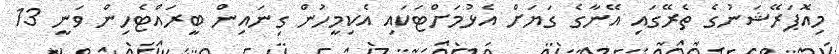
މިއޮޕަރޭޝަނުގެ ތެރޭގައި އޭނާގެ ގަޔަށް އެޅުމަށްޓަކައި އެކިމީހުން ގިނައިން ބީރައްޓެހިން ވަނީ 13